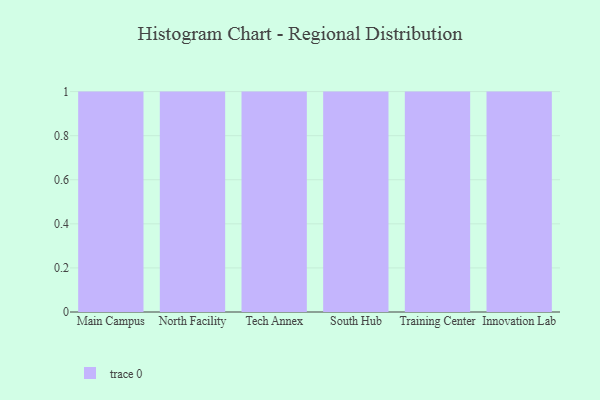
{"axis": {"x": "Campus", "y": "Market Share (%)"}, "legend": [""], "data": [{"x": "Main Campus", "y": 90, "type": ""}, {"x": "North Facility", "y": 7, "type": ""}, {"x": "Tech Annex", "y": 47, "type": ""}, {"x": "South Hub", "y": 84, "type": ""}, {"x": "Training Center", "y": 66, "type": ""}, {"x": "Innovation Lab", "y": 48, "type": ""}]}